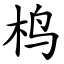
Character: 㭤